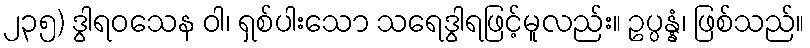
၂၃၅) ဒွါရဝသေန ဝါ၊ ရှစ်ပါးသော သရေဒွါရဖြင့်မူလည်း။ ဥပ္ပန္နံ၊ ဖြစ်သည်။